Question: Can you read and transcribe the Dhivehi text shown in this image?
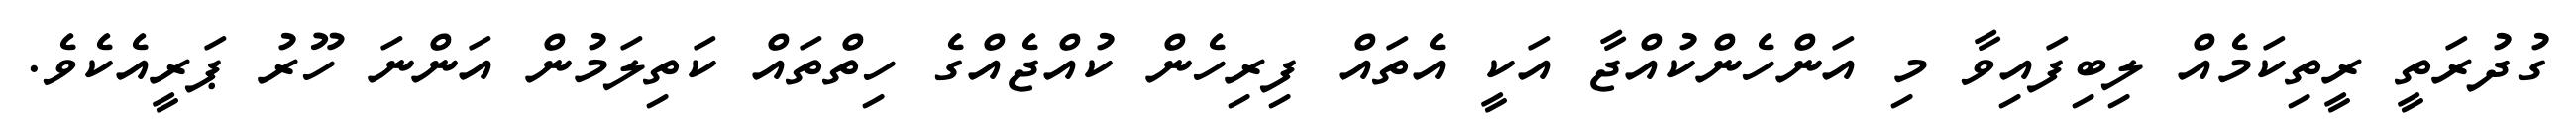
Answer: ގުދުރަތީ ރީތިކަމެއް ލިބިފައިވާ މި އަންހެންކުއްޖާ އަކީ އެތައް ފިރިހެން ކުއްޖެއްގެ ހިތްތައް ކަތިލަމުން އަންނަ ހޫރު ޕަރީއެކެވެ.